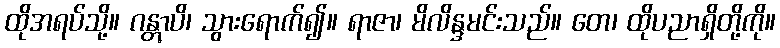
ထိုအရပ်သို့။ ဂန္တွာပိ၊ သွားရောက်၍။ ရာဇာ၊ မိလိန္ဒမင်းသည်။ တေ၊ ထိုပညာရှိတို့ကို။